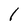
Character: I